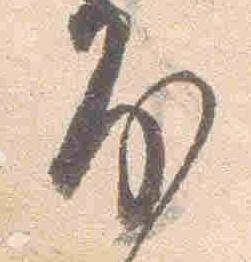
房